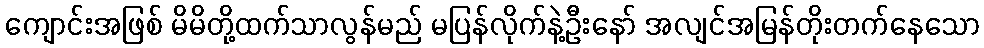
ကျောင်းအဖြစ် မိမိတို့ထက်သာလွန်မည် မပြန်လိုက်နဲ့ဦးနော် အလျင်အမြန်တိုးတက်နေသော